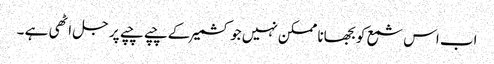
اب اس شمع کو بجھانا ممکن نہیں جو کشمیر کے چپے چپے پر جل اٹھی ہے ۔